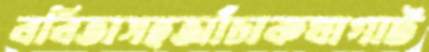
ববিতাসহআঁচাকখাগাট